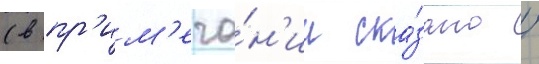
(в пр'им'еча́н'ии ска́зано /